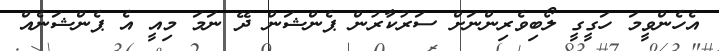
އެހެންވީމަ ހަގީގީ ލޯބިވެރިންނަށް ސަރުކާރުން ޕެންޝަން ދޭ ނަމަ މިއީ އެ ޕެންޝަނެއް